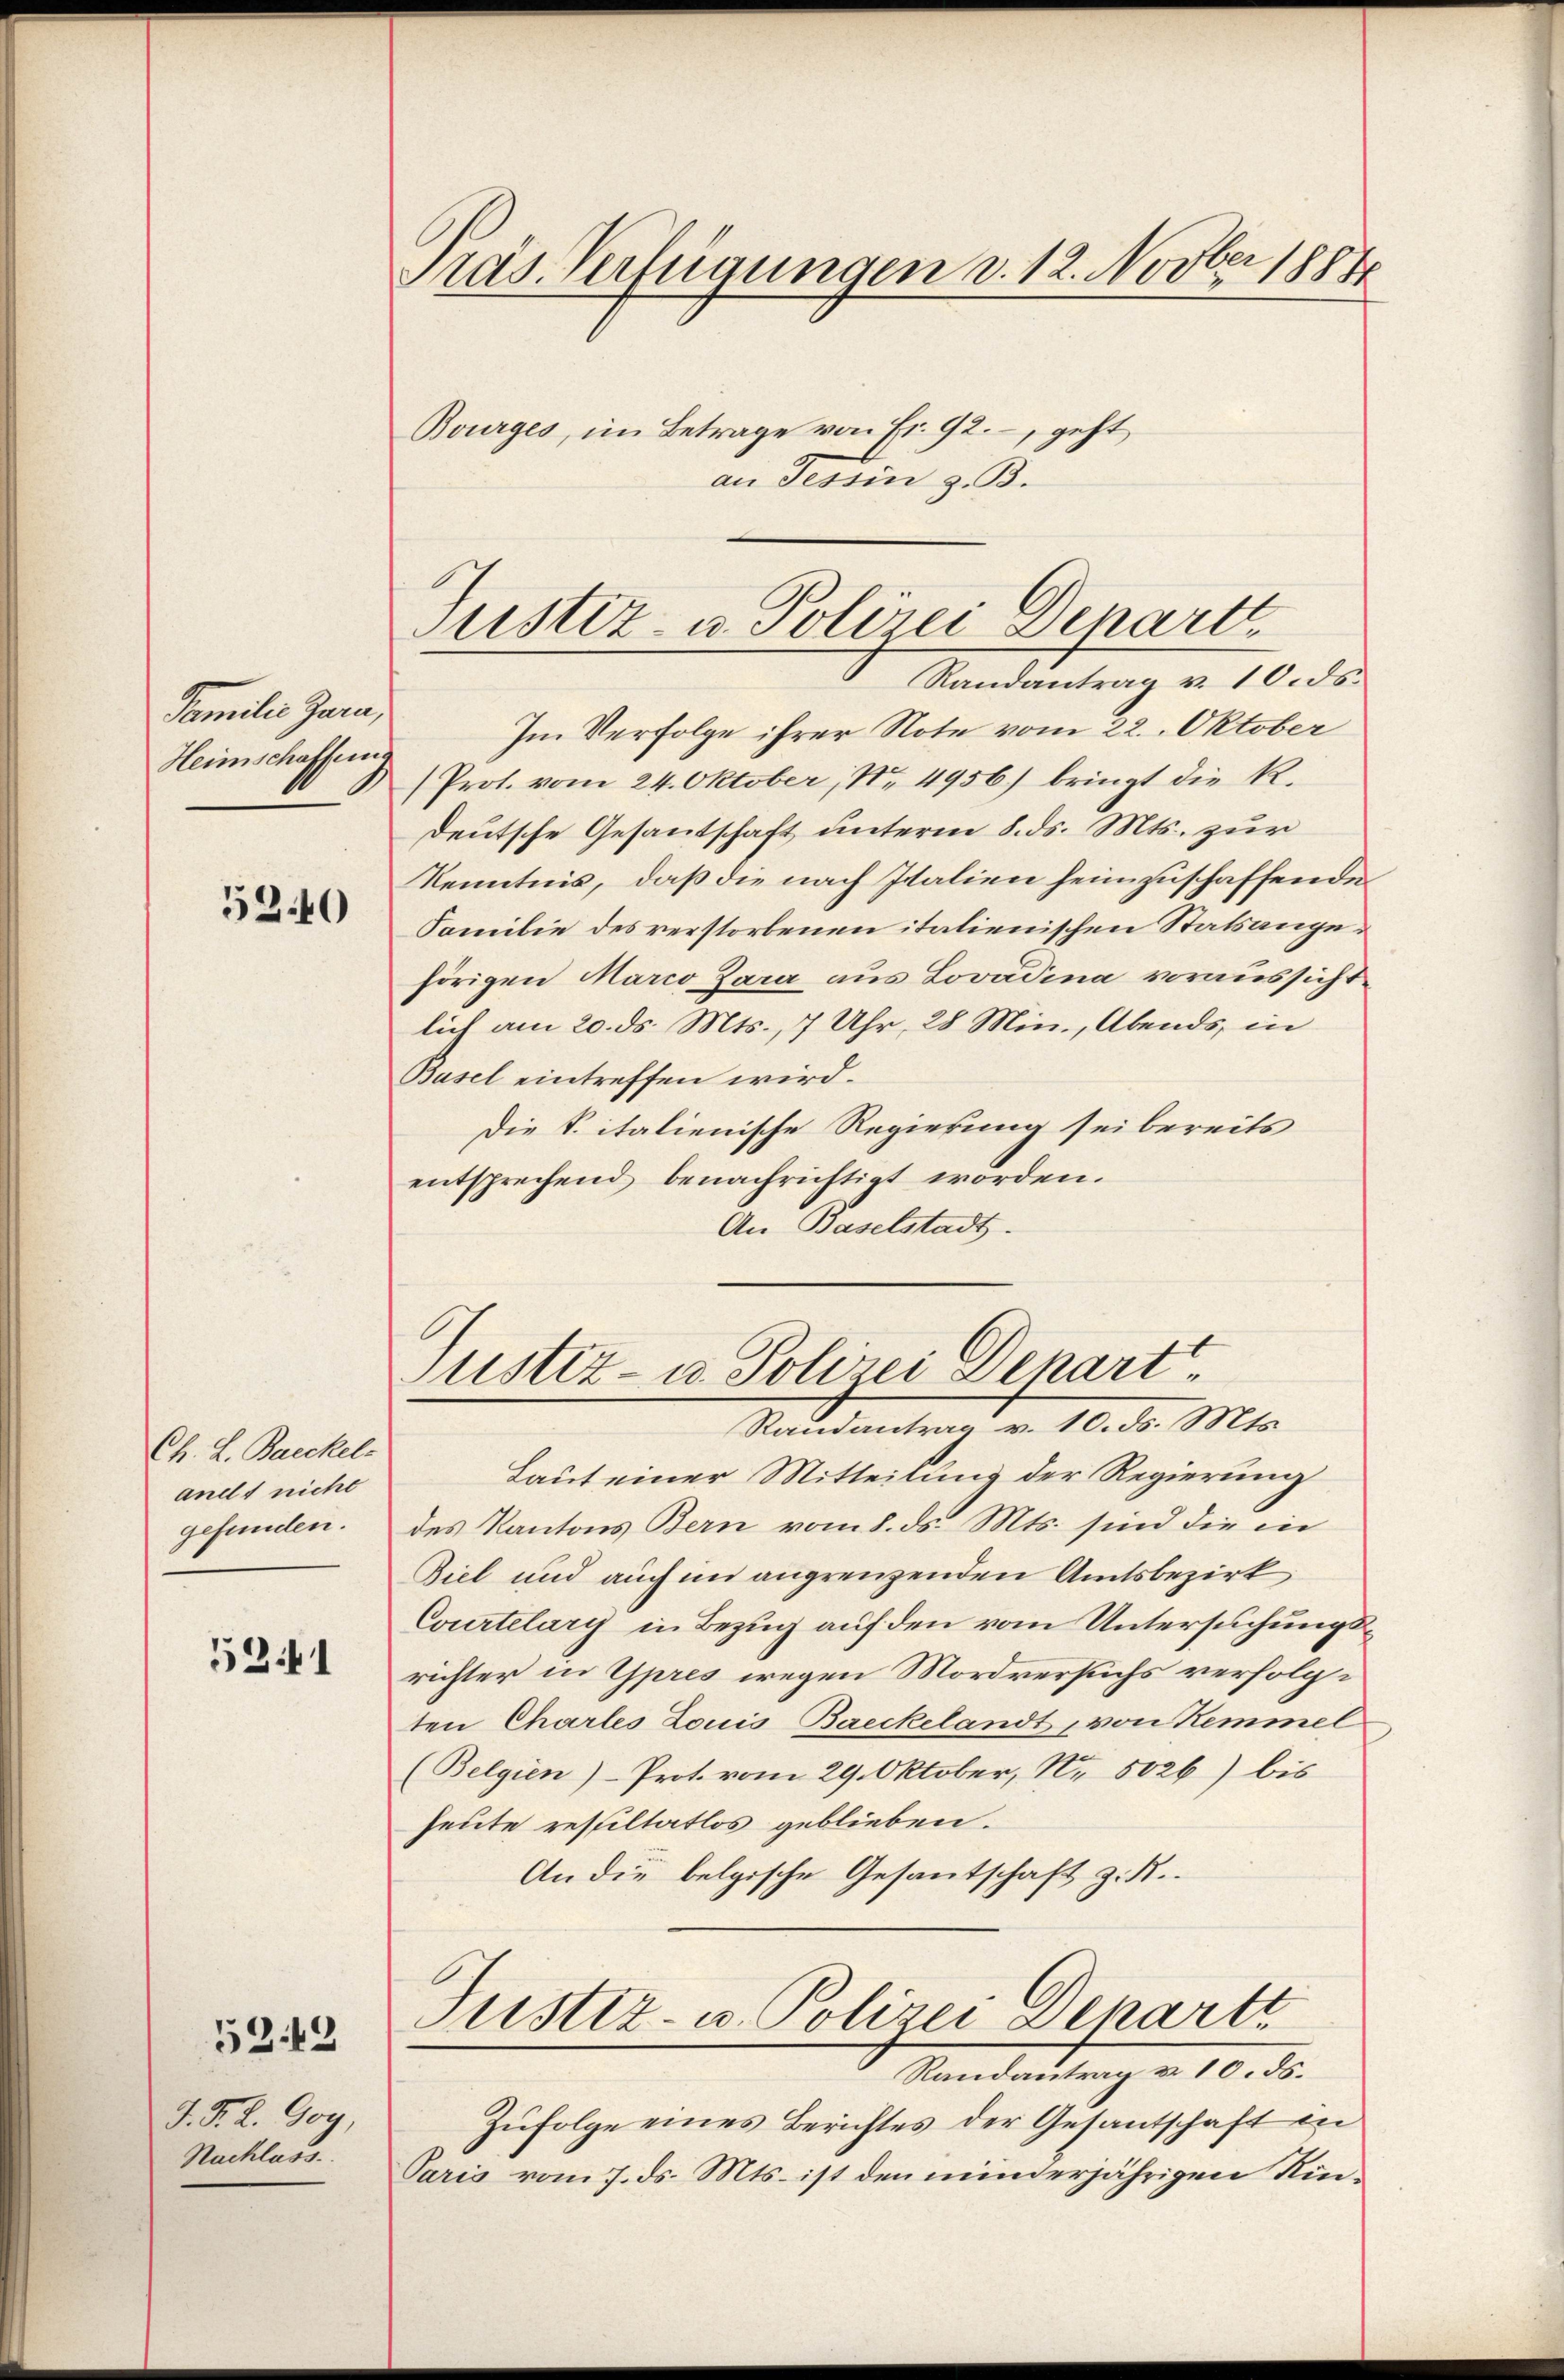
Familie Jura,
Heimschaffeng

520

Ch. L. Baeckel-
andt nicht
gefunden.

5341

J. F. L. Goy,
Nachlass

5249

Präs. Verfügungen d. 12. Novber 1884

Im Verfolge ihrer Note vom 22. Oktober
( Prot. vom 24. Oktober No. 4956) bringt die R.
deutsche Gesantschaft unterm 8. ds. Mts. zur
Kenntnis, daß die nach Italien heimzuschaffende
Familie des verstorbenen italienischen Statsangehörigen Marco Zara aus Lovadina voraussichtlich am 20. ds. Mts., 7 Uhr, 28 Min., Abends, in
Basel eintreffen wird.
Die S. italienische Regierung sei bereits
entsprechend benachrichtigt worden.
An Baselstadt.

Bourges, im Betrage von Fr. 92, geht
an Tessin z. B.

Justiz- u. Polizei Depart
Randantrag v. 10. ds.

Justiz- u. Polizei Denartt¬
Randantrag v. 10. ds. Mts.

Laut einer Mitteilung der Regierung
des Kantons Bern vom 8. ds. Mts. sind die in
Ziel und auch im angrenzenden Amtsbezirk
Courtelary in Bezug auf den vom Untersuchungsrichter in pres wegen Mordversuchs verfolgten Chartes Louis Baeckelandt, von Kemmel
(Belgien)- Prot. vom 29. Oktober, Nr. 5026) bis
heute resultatlos geblieben.
An die belgische Gesantschaft z. R.
Justiz- u. Polizei Scharte
Randantrag v. 10. ds.
Zufolge eines Berichtes der Gesantschaft in
Paris vom 7. ds. Mts. ist den minderjährigen Kin¬